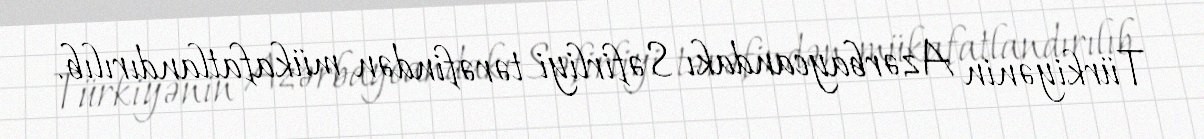
Türkiyənin Azərbaycandakı Səfirliyi tərəfindən mükafatlandırılıb.